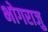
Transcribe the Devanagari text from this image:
भोगराजु